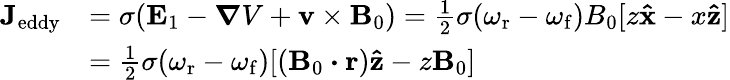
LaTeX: \begin{array}{rl}{\mathbf{J}_{\mathrm{eddy}}}&{=\sigma(\mathbf{E}_{1}-\boldsymbol{\nabla}V+\mathbf{v}\times\mathbf{B}_{0})=\frac{1}{2}\sigma(\omega_{\mathrm{r}}-\omega_{\mathrm{f}})B_{0}[z\mathbf{\hat{x}}-x\mathbf{\hat{z}}]}\\ &{=\frac{1}{2}\sigma(\omega_{\mathrm{r}}-\omega_{\mathrm{f}})[(\mathbf{B}_{0}\boldsymbol{\cdot}\mathbf{r})\mathbf{\hat{z}}-z\mathbf{B}_{0}]}\end{array}